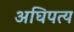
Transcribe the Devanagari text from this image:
अघिपत्य